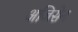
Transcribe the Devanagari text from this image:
अजिसेन